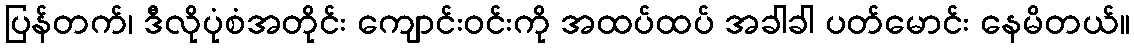
ပြန်တက်၊ ဒီလိုပုံစံအတိုင်း ကျောင်းဝင်းကို အထပ်ထပ် အခါခါ ပတ်မောင်း နေမိတယ်။